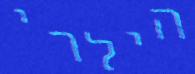
הילרי